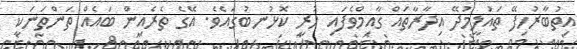
އިތުބާރުހިފޭ ތައުލީމުދޭ އިދާރާތައް ގާއިމްވެފައި ހުރީ ކޮޅުނބުގައެވެ. އޭގެ ތެރެއިން ބައެއް ތަންތަނަކީ